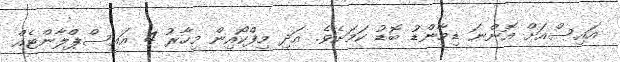
އައިސްއަށް އޮންނަ ޑިމާންޑު ބޮޑު ކަމަށެވެ. އަދި މިފްކޯއިން މިހާރު 4 އައިސްޕްލާންޓެއް